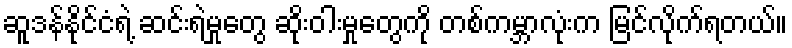
ဆူဒန်နိုင်ငံရဲ့ ဆင်းရဲမှုတွေ ဆိုးဝါးမှုတွေကို တစ်ကမ္ဘာလုံးက မြင်လိုက်ရတယ်။